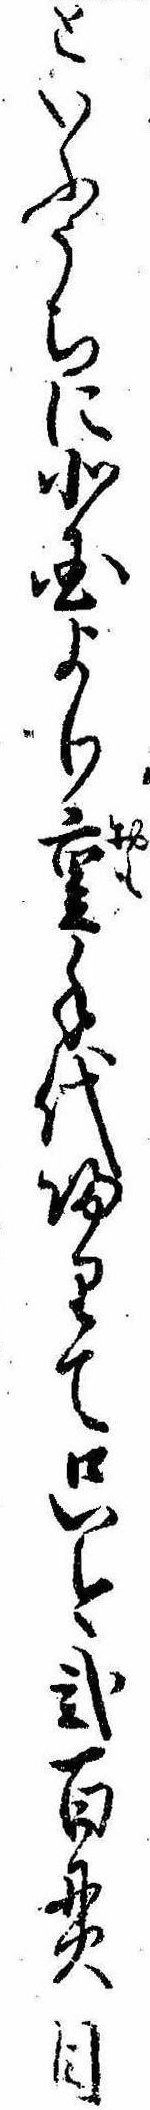
といふうちに北国より重手代帰りて只今弐百貫目